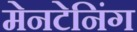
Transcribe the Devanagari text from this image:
मेनटेनिंग